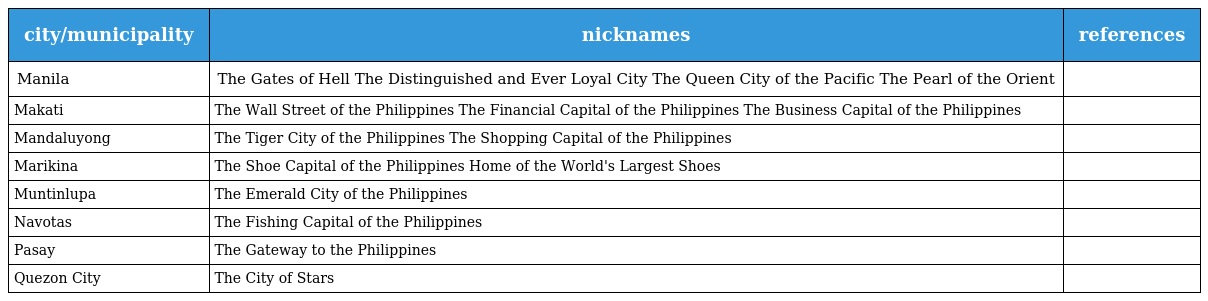
| city/municipality | nicknames | references |
 | --- | --- | --- |
 | Manila | The Gates of Hell The Distinguished and Ever Loyal City The Queen City of the Pacific The Pearl of the Orient |  |
 | Makati | The Wall Street of the Philippines The Financial Capital of the Philippines The Business Capital of the Philippines |  |
 | Mandaluyong | The Tiger City of the Philippines The Shopping Capital of the Philippines |  |
 | Marikina | The Shoe Capital of the Philippines Home of the World's Largest Shoes |  |
 | Muntinlupa | The Emerald City of the Philippines |  |
 | Navotas | The Fishing Capital of the Philippines |  |
 | Pasay | The Gateway to the Philippines |  |
 | Quezon City | The City of Stars |  |